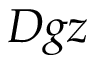
D g z